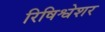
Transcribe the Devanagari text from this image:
रिषिश्वेशर